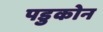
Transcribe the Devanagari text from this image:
पडुकोन